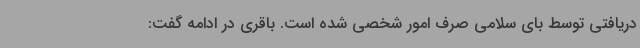
دریافتی توسط بای سلامی صرف امور شخصی شده است. باقری در ادامه گفت: